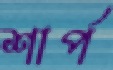
শার্প